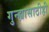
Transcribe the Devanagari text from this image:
गुन्ह्यासाठीही